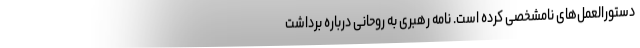
دستورالعمل‌های نامشخصی کرده است. نامه رهبری به روحانی درباره برداشت